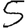
Digit: 5